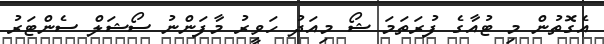
އެގޮތުން މި ޓުއާގެ ފުރަތަމަ ޝޯ މިއަދު ހަވީރު މާފަންނު ސޯޝަލް ސެންޓަރު